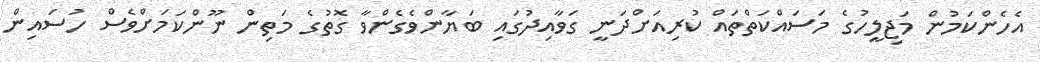
އެހެންކަމުން މަޖިލީހުގެ މަސައްކަތްތައް ކުރިއަށްދަނީ ގަވާއިދުގައި ބަޔާންވެގެންވާ ގޮތުގެ މަތިން ނޫންކަމަށްވެސް ހުސައިން